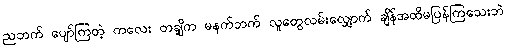
ညဘက် ပျော်ကြတဲ့ ကလေး တချို့က မနက်ဘက် လူတွေလမ်းလျှောက် ချိန်အထိမပြန်ကြသေးဘဲ